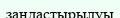
заңдастырылуы